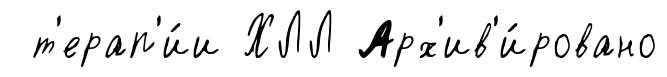
т'ерап'и́и ХЛЛ Арх'ив'и́ровано